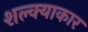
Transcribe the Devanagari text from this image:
शल्क्याकार